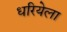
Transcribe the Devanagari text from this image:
धरियेला